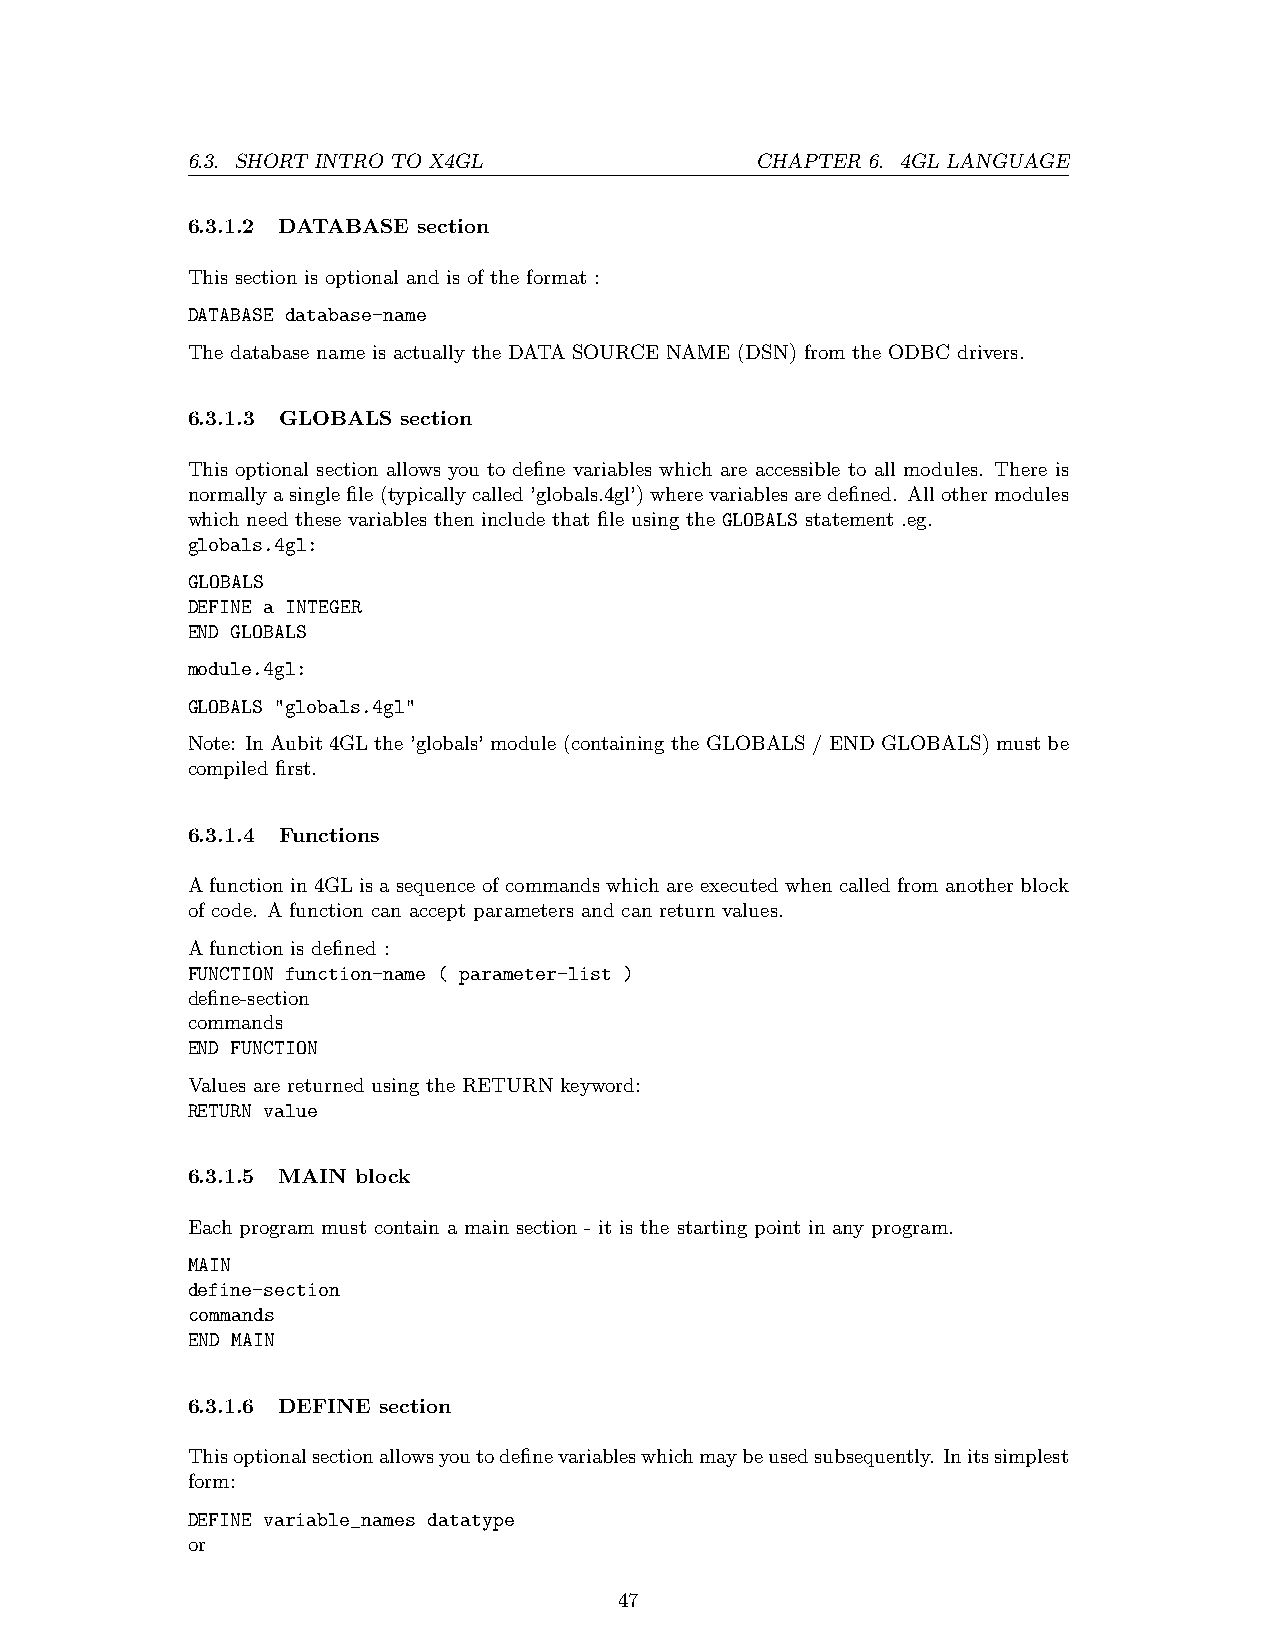
6.3. SHORT INTRO TO X4GL              CHAPTER 6. 4GL LANGUAGE
 6.3.1.2 DATABASE section
 This section is optional and is of the format :
 DATABASE database-name
 The database name is actually the DATA SOURCE NAME (DSN) from the ODBC drivers.
 6.3.1.3 GLOBALS section
 This optional section allows you to define variables which are accessible to all modules. There is
 normallyasinglefile(typicallycalled’globals.4gl’)wherevariablesaredefined. Allothermodules
 which need these variables then include that file using the GLOBALS statement .eg.
 globals.4gl:
 GLOBALS
 DEFINE a INTEGER
 END GLOBALS
 module.4gl:
 GLOBALS "globals.4gl"
 Note: In Aubit 4GL the ’globals’ module (containing the GLOBALS / END GLOBALS) must be
 compiled first.
 6.3.1.4 Functions
 A function in 4GL is a sequence of commands which are executed when called from another block
 of code. A function can accept parameters and can return values.
 A function is defined :
 FUNCTION function-name ( parameter-list )
 define-section
 commands
 END FUNCTION
 Values are returned using the RETURN keyword:
 RETURN value
 6.3.1.5 MAIN block
 Each program must contain a main section - it is the starting point in any program.
 MAIN
 define-section
 commands
 END MAIN
 6.3.1.6 DEFINE section
 Thisoptionalsectionallowsyoutodefinevariableswhichmaybeusedsubsequently. Initssimplest
 form:
 DEFINE variable_names datatype
 or
 47